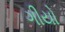
ગીયો